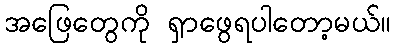
အဖြေတွေကို ရှာဖွေရပါတော့မယ်။